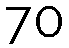
70